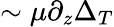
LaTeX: \sim\mu\partial_{z}\Delta_{T}